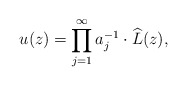
\begin{align*}u(z)=\prod_{j=1}^\infty a_j^{-1}\cdot \widehat L(z),\end{align*}